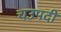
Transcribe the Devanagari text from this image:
चउपदी